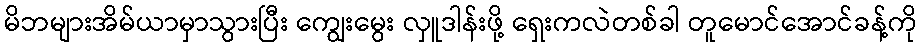
မိဘများအိမ်ယာမှာသွားပြီး ကျွေးမွေး လှူဒါန်းဖို့ ရှေးကလဲတစ်ခါ တူမောင်အောင်ခန့်ကို